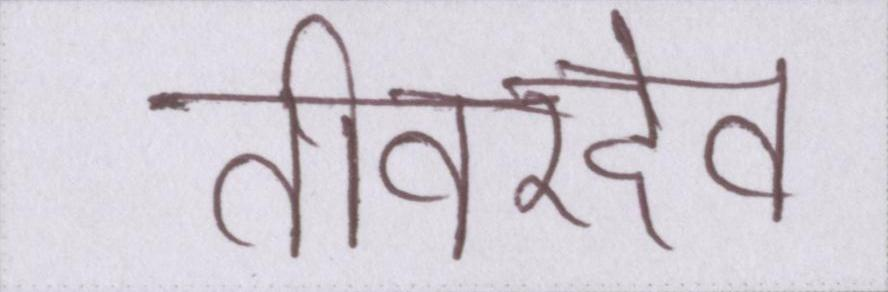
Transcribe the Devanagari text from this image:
तीवरदेव